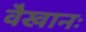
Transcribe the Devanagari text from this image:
वैखानः